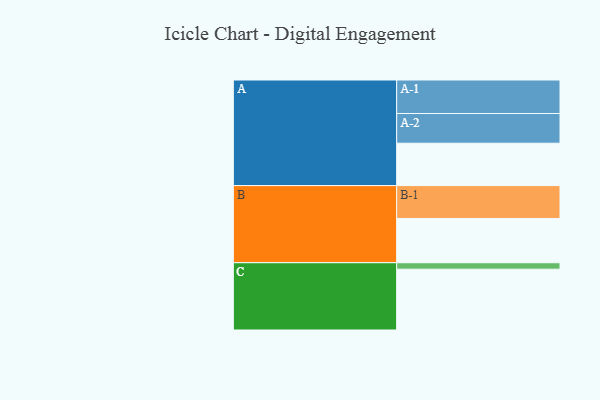
{"axis": {"x": "Segment", "y": "Value"}, "legend": ["", "A", "B", "C"], "data": [{"x": "A", "y": 335, "type": ""}, {"x": "B", "y": 350, "type": ""}, {"x": "C", "y": 481, "type": ""}, {"x": "A-1", "y": 265, "type": "A"}, {"x": "A-2", "y": 235, "type": "A"}, {"x": "B-1", "y": 260, "type": "B"}, {"x": "C-1", "y": 51, "type": "C"}]}